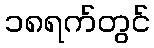
၁၈ရက်တွင်